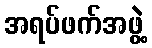
အရပ်ဖက်အဖွဲ့